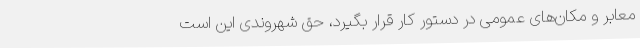
معابر و مکان‌های عمومی در دستور کار قرار بگیرد، حق شهروندی این است